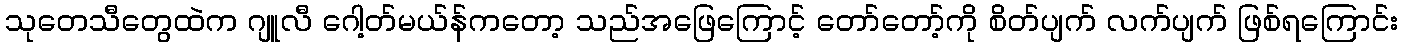
သုတေသီတွေထဲက ဂျူလီ ဂေါ့တ်မယ်န်ကတော့ သည်အဖြေကြောင့် တော်တော့်ကို စိတ်ပျက် လက်ပျက် ဖြစ်ရကြောင်း